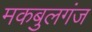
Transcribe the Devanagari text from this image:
मकबुलगंज